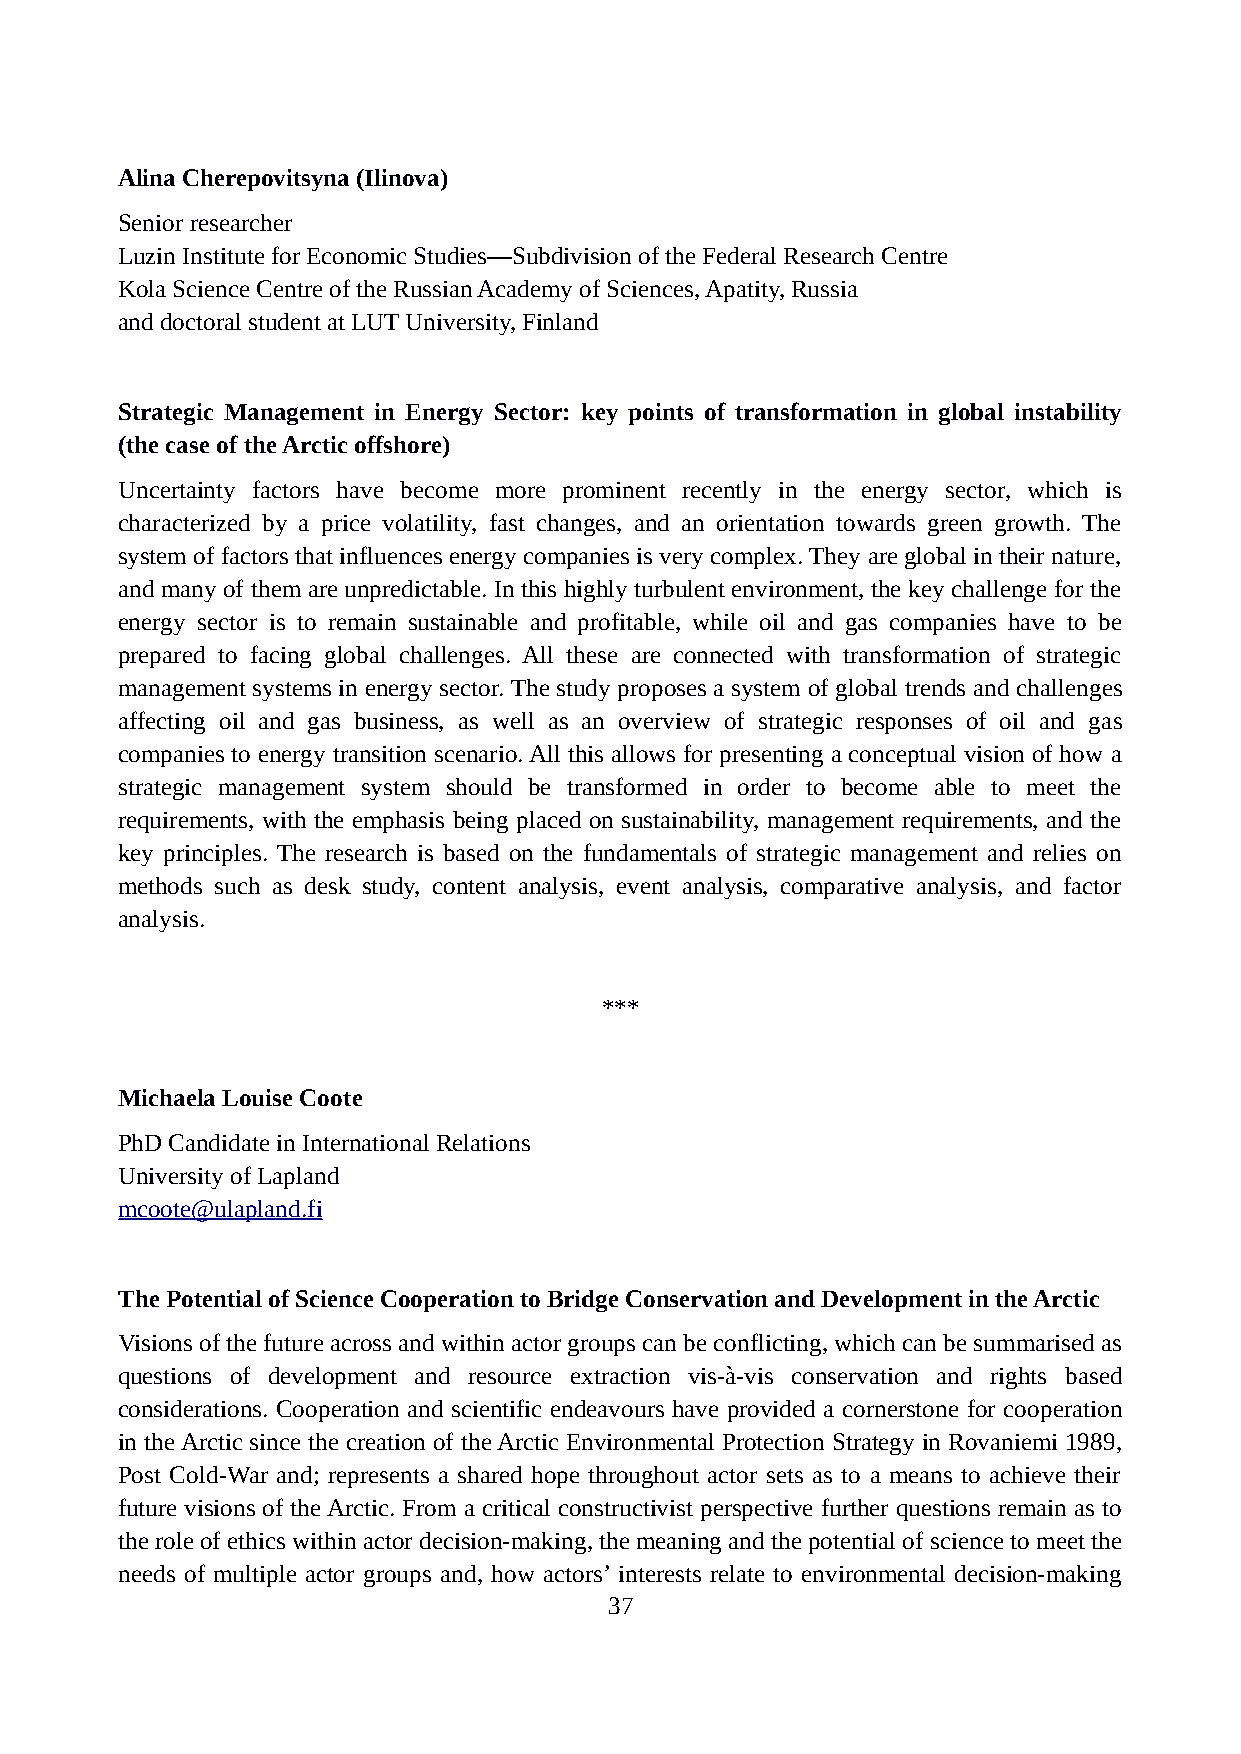
Alina Cherepovitsyna (Ilinova)
 Senior researcher
 Luzin Institute for Economic Studies—Subdivision of the Federal Research Centre
 Kola Science Centre of the Russian Academy of Sciences, Apatity, Russia
 and doctoral student at LUT University, Finland
 Strategic Management in Energy Sector: key points of transformation in global instability
 (the case of the Arctic offshore)
 Uncertainty factors have become more prominent recently in the energy sector, which is
 characterized by a price volatility, fast changes, and an orientation towards green growth. The
 system of factors that influences energy companies is very complex. They are global in their nature,
 and many of them are unpredictable. In this highly turbulent environment, the key challenge for the
 energy sector is to remain sustainable and profitable, while oil and gas companies have to be
 prepared to facing global challenges. All these are connected with transformation of strategic
 management systems in energy sector. The study proposes a system of global trends and challenges
 affecting oil and gas business, as well as an overview of strategic responses of oil and gas
 companies to energy transition scenario. All this allows for presenting a conceptual vision of how a
 strategic management system should be transformed in order to become able to meet the
 requirements, with the emphasis being placed on sustainability, management requirements, and the
 key principles. The research is based on the fundamentals of strategic management and relies on
 methods such as desk study, content analysis, event analysis, comparative analysis, and factor
 analysis.
 ***
 Michaela Louise Coote
 PhD Candidate in International Relations
 University of Lapland
 mcoote@ulapland.fi
 The Potential of Science Cooperation to Bridge Conservation and Development in the Arctic
 Visions of the future across and within actor groups can be conflicting, which can be summarised as
 questions of development and resource extraction vis-à-vis conservation and rights based
 considerations. Cooperation and scientific endeavours have provided a cornerstone for cooperation
 in the Arctic since the creation of the Arctic Environmental Protection Strategy in Rovaniemi 1989,
 Post Cold-War and; represents a shared hope throughout actor sets as to a means to achieve their
 future visions of the Arctic. From a critical constructivist perspective further questions remain as to
 the role of ethics within actor decision-making, the meaning and the potential of science to meet the
 needs of multiple actor groups and, how actors’ interests relate to environmental decision-making
 37